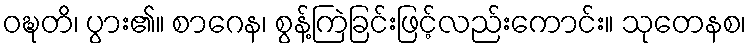
ဝဍ္ဎတိ၊ ပွား၏။ စာဂေန၊ စွန့်ကြဲခြင်းဖြင့်လည်းကောင်း။ သုတေနစ၊